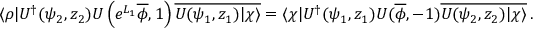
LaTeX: \langle \rho | U ^ { \dagger } ( \psi _ { 2 } , z _ { 2 } ) U \left( e ^ { L _ { 1 } } \overline { { \phi } } , 1 \right) \overline { { { U ( \psi _ { 1 } , z _ { 1 } ) | \chi \rangle } } } = \langle \chi | U ^ { \dagger } ( \psi _ { 1 } , z _ { 1 } ) U ( \overline { { \phi } } , - 1 ) \overline { { { U ( \psi _ { 2 } , z _ { 2 } ) | \chi \rangle } } } \, .